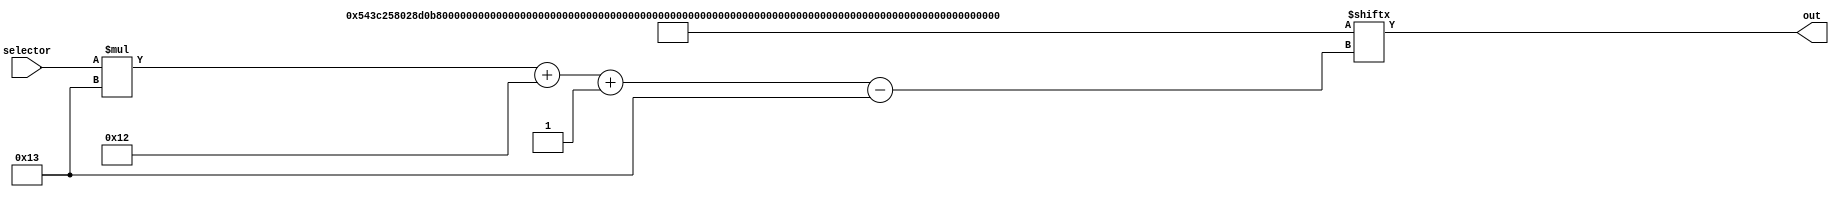
module rom2_9 (
    input [4:0] selector,
    output reg [18:0] out
  );
  
  
  
  localparam INPUTS = 437'h000543c258028d0b7a0059143dba02ddd00011000000000600009000000002400008000c000080002a00018001000008dca4b532d80080;
  
  always @* begin
    out = INPUTS[(selector)*19+18-:19];
  end
endmodule